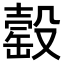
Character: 䍍